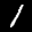
Label: 1